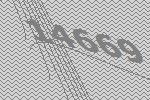
14669